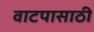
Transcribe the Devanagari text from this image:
वाटपासाठी